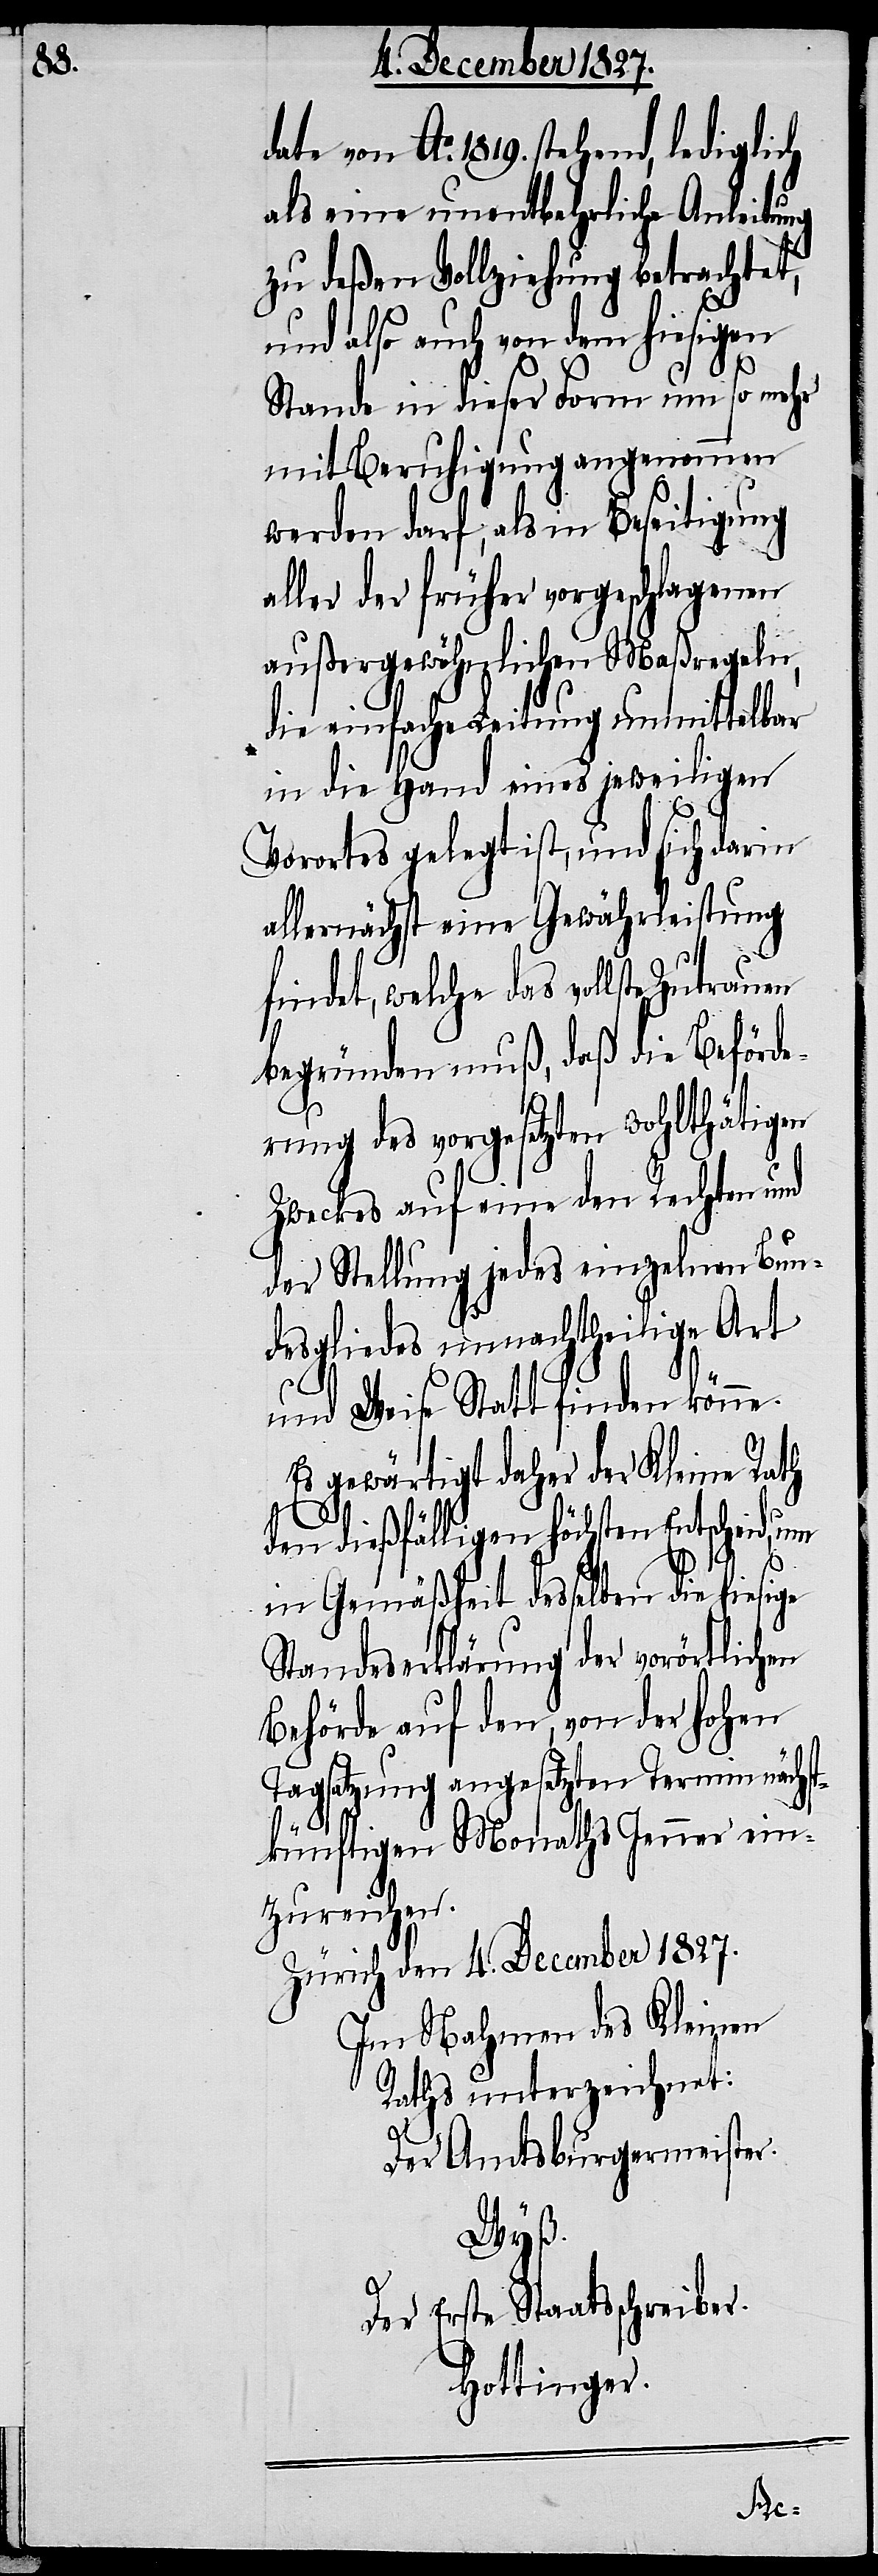
date von Ao. 1819. stehend, lediglich
als eine unentbehrliche Anleitung
zu deßen Vollziehung betrachtet,
und also auch von dem hiesigen
Stande in dieser Form um so mehr
mit Beruhigung angenommen
werden darf; als in Beseitigung
aller der früher vorgeschlagenen
außergewöhnlichen Maßregeln,
die einfache Leitung unmittelbar
in die Hand eines jeweiligen
Vorortes gelegt ist, und sich darin
allernächst eine Gewährleistung
findet, welche das vollste Zutrauen
begründen muß, daß die Beförde¬
rung des vorgesetzten wohlthätigen
Zweckes auf eine den Rechten und
der Stellung jedes einzelnen Bun¬
desgliedes unnachteilige Art
und Weise Statt finden könne.
Es gewärtigt daher der Kleine Rath
den dießfälligen höchsten Entscheid, um
in Gemäßheit desselben die hiesige
Standeserklärung der vorörtlichen
Behörde auf den, von der hohen
Tagsatzung angesetzten Termin nächst¬
künftigen Monaths Jenner ein¬
zureichen.
Zürich den 4. December 1827.
Im Nahmen des Kleinen
Rathes unterzeichnet:
Der Amtsburgermeister.
Wyß.
Der Erste Staatsschreiber.
Hottinger.